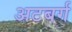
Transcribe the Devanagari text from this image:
अटबर्ग